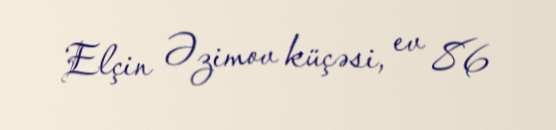
Elçin Əzimov küçəsi, ev 86